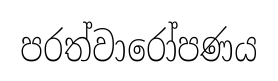
පරත්වාරෝපණය